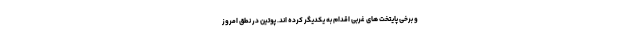
و برخی پایتخت های غربی اقدام به یکدیگر کرده اند. پوتین در نطق امروز